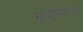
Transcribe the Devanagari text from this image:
मृत्युपथावर